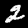
Label: 2